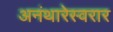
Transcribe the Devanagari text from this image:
अनंथारेस्वरार